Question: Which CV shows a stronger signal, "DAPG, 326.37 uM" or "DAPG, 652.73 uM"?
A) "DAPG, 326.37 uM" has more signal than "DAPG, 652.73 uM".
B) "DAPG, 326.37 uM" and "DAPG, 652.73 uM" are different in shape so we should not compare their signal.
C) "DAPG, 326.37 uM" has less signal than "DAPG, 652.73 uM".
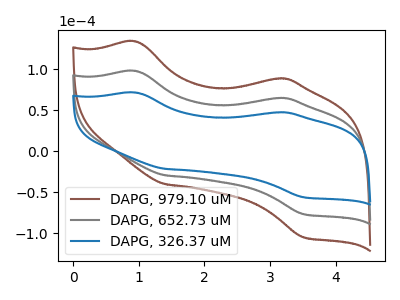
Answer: <think>The brown curve "DAPG, 979.10 uM" has anodic peaks at (0.95V, 195.80uA) (3.10V, 129.65uA) and cathodic peaks at (1.40V, -58.75uA) (3.50V, -153.35uA). The gray curve "DAPG, 652.73 uM" has anodic peaks at (0.95V, 97.90uA) (3.10V, 64.85uA) and cathodic peaks at (1.40V, -29.35uA) (3.50V, -76.65uA). The blue curve "DAPG, 326.37 uM" has anodic peaks at (0.95V, 71.55uA) (3.10V, 47.40uA) and cathodic peaks at (1.40V, -21.45uA) (3.50V, -56.05uA).
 All the peaks in "DAPG, 326.37 uM" have a peak in "DAPG, 652.73 uM" at the same potential. Every peak in "DAPG, 326.37 uM" is lower than every peak in "DAPG, 652.73 uM".</think>
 <answer>C) "DAPG, 326.37 uM" has less signal than "DAPG, 652.73 uM".</answer>
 <eval>C</eval>